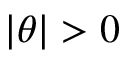
| \theta | > 0